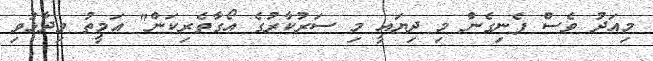
މިއަދު ވެސް ފެނިގެން މި ދިޔައީ މި ސަރުކާރުގެ އޯގާތެރިކަން" އަމީތު ވިދާޅުވި